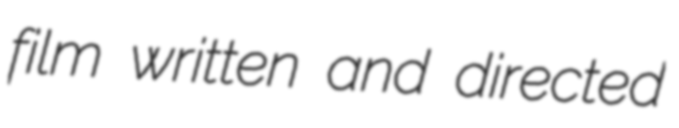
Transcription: film written and directed